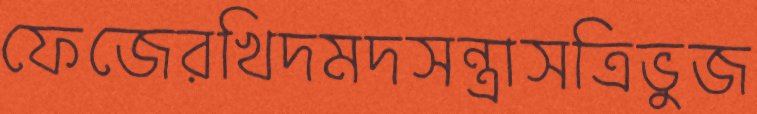
ফেজেরখিদমদসন্ত্রাসত্রিভুজ